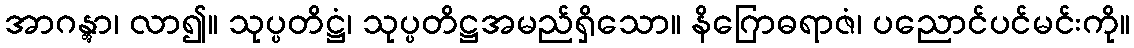
အာဂန္တွာ၊ လာ၍။ သုပ္ပတိဋ္ဌံ၊ သုပ္ပတိဋ္ဌအမည်ရှိသော။ နိဂြောဓရာဇံ၊ ပညောင်ပင်မင်းကို။